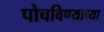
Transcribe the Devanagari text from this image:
पोचविण्याच्या